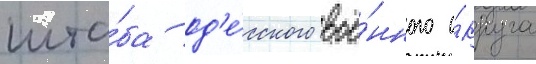
шта́ба од'е́сского вое́нного о́круга